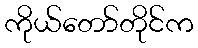
ကိုယ်တော်တိုင်က